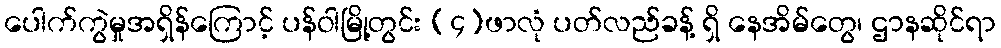
ပေါက်ကွဲမှုအရှိန်ကြောင့် ပန်ဝါမြို့တွင်း (၄)ဖာလုံ ပတ်လည်ခန့် ရှိ နေအိမ်တွေ၊ ဌာနဆိုင်ရာ